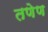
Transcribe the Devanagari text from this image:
तणेण